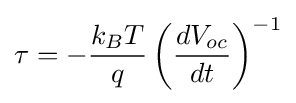
\tau =-{\frac {k_{B}T}{q}}\left({\frac {dV_{oc}}{dt}}\right)^{-1}